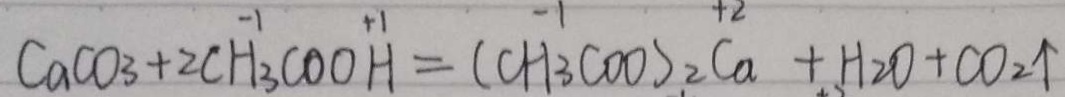
C a C O _ { 3 } + 2 C H _ { 3 } C O O H = ( C H _ { 3 } C O O ) _ { 2 } C a + H _ { 2 } O + C O _ { 2 } \uparrow